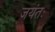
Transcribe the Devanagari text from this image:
जयंतः